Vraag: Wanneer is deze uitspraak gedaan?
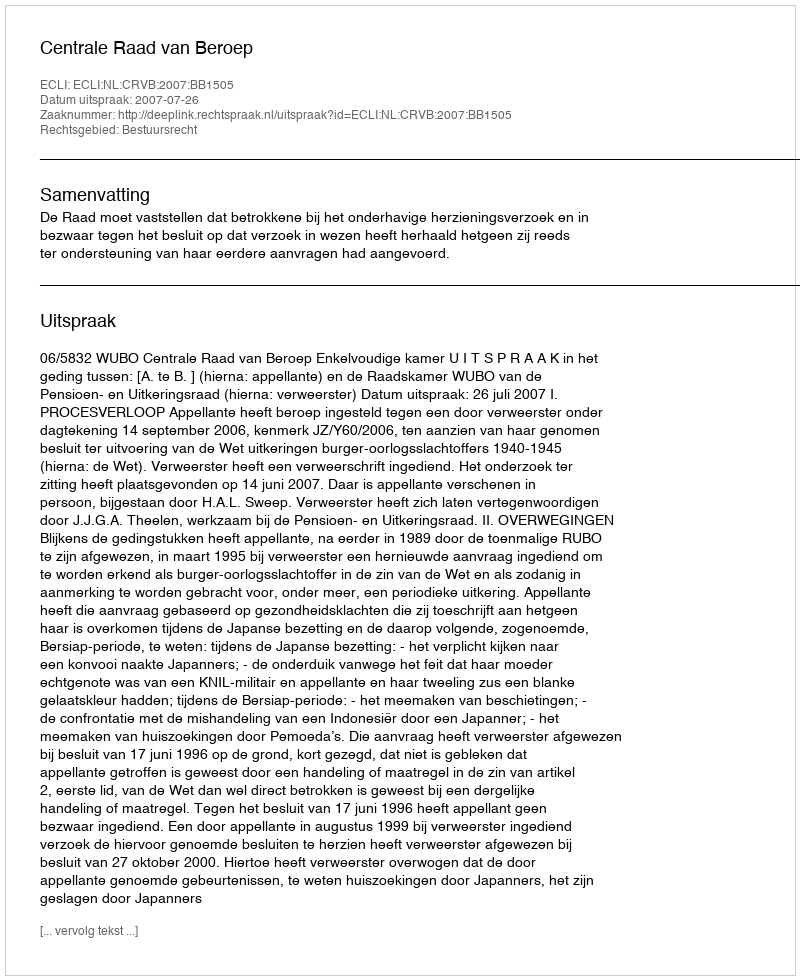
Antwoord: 2007-07-26